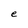
Character: e